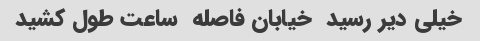
خیلی دیر رسید  خیابان فاصله  ساعت طول کشید